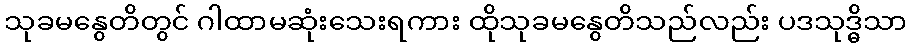
သုခမနွေတိတွင် ဂါထာမဆုံးသေးရကား ထိုသုခမနွေတိသည်လည်း ပဒသုဒ္ဓိသာ